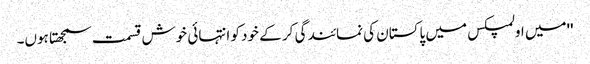
''میں اولمپکس میں پاکستان کی نمائندگی کر کے خود کو انتہائی خوش قسمت سمجھتا ہوں۔